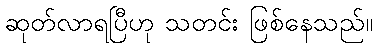
ဆုတ်လာရပြီဟု သတင်း ဖြစ်နေသည်။